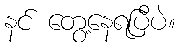
နင် တွေ့နေရပြီပဲ။